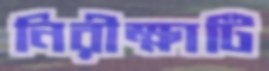
নিরীক্ষাটি